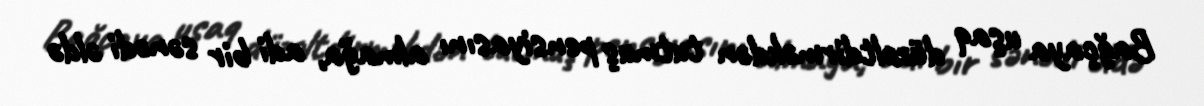
Bağçaya uşaq düzəltdirməkdən tutmuş pensiyasını almağa, adi bir sənədi əldə